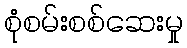
စုံစမ်းစစ်ဆေးမှု